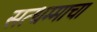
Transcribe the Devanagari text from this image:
सत्धम्माचा